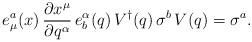
LaTeX: \begin{align*} e^a_\mu (x)\, \frac{\partial x^\mu}{\partial q^\alpha}\, e^\alpha_b (q) \, V^\dagger (q) \, \sigma^b\, V (q) = \sigma^a.\end{align*}